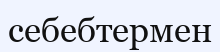
себебтермен